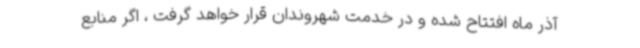
آذر ماه افتتاح شده و در خدمت شهروندان قرار خواهد گرفت ، اگر منابع